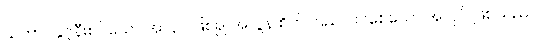
သဘာဝနှင့်နီးစပ်သော အလုပ် ဖြစ်၍ အလွန် စိတ်ကြည်လင်စေသော အလုပ် ဖြစ်သည်။